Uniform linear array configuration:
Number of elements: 16
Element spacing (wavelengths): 0.25
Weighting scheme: blackman
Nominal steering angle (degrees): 0
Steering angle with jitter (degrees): -0.7274
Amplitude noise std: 0.05
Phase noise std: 0.05

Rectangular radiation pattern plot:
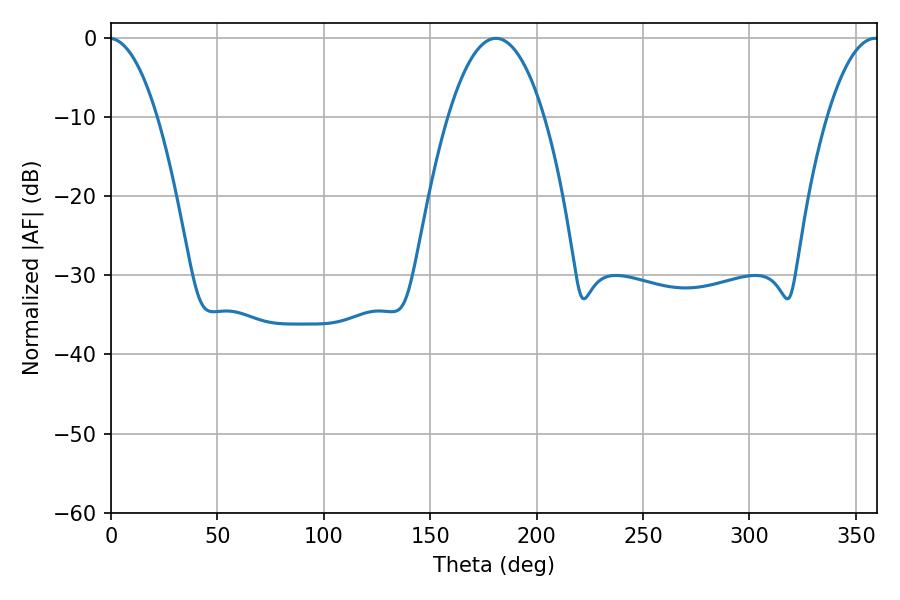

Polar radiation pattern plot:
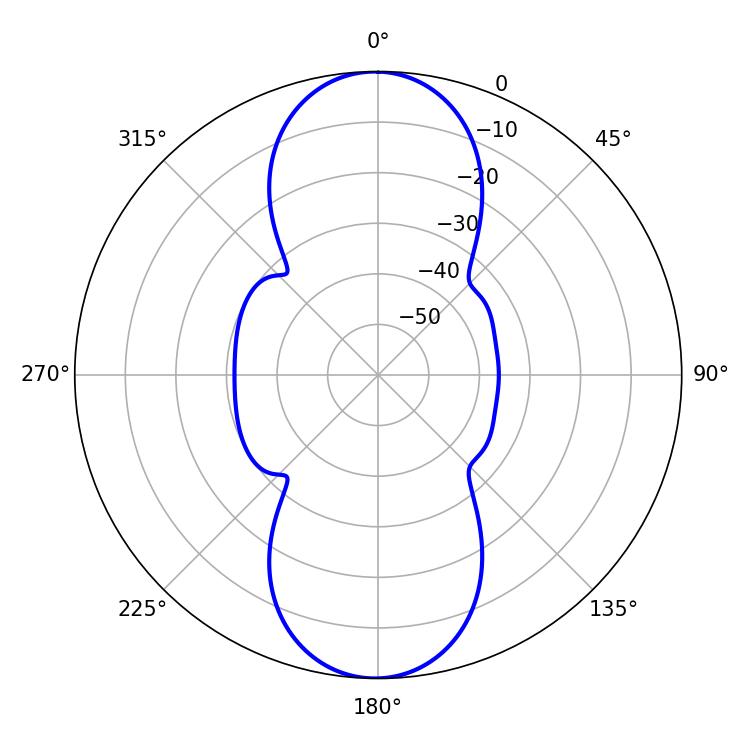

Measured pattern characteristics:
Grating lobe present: FALSE
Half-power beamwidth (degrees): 24.84
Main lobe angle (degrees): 180.9